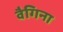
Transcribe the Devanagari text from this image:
वैगिना